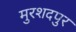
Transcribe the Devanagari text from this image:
मुरशदपुर